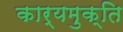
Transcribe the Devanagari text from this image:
कार्यमुक्ति